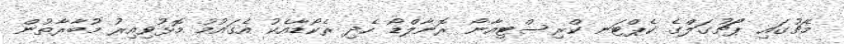
މެޗުގައި ޕޯޗުގަލްގެ ކެޕްޓަނ ކްރިސްޓިއާނޯ ރޮނާލްޑޯ ހެދި ރެކޯޑާއެކު އެގައުމު މޮޅުވިއިރު މުބާރާތުން